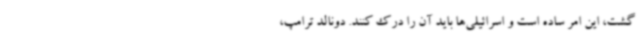
گشت، این امر ساده است و اسرائیلی‌ها باید آن را درک کنند. دونالد ترامپ،